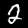
Label: 2